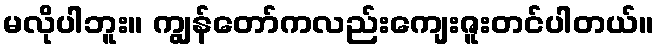
မလိုပါဘူး။ ကျွန်တော်ကလည်းကျေးဇူးတင်ပါတယ်။